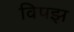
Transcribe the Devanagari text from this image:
विपझ